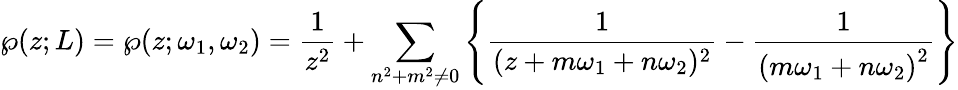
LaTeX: \wp(z;L)=\wp(z;\omega_{1},\omega_{2})={\frac{1}{z^{2}}}+\sum_{n^{2}+m^{2}\neq 0}\left\{ {\frac{1}{(z+m\omega_{1}+n\omega_{2})^{2}}}-{\frac{1}{\left(m\omega_{1}+n\omega_{2}\right)^{2}}}\right\}